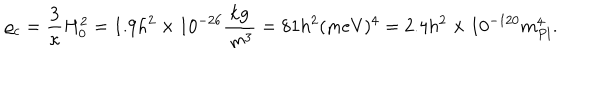
LaTeX: \varrho _ { c } = \frac { 3 } { \kappa } H _ { 0 } ^ { 2 } = 1 . 9 h ^ { 2 } \times 1 0 ^ { - 2 6 } \frac { \mathrm { k g } } { \, \mathrm { m } ^ { 3 } } = 8 1 h ^ { 2 } ( \mathrm { m e V } ) ^ { 4 } = 2 . 4 h ^ { 2 } \times 1 0 ^ { - 1 2 0 } m _ { P l } ^ { 4 } .